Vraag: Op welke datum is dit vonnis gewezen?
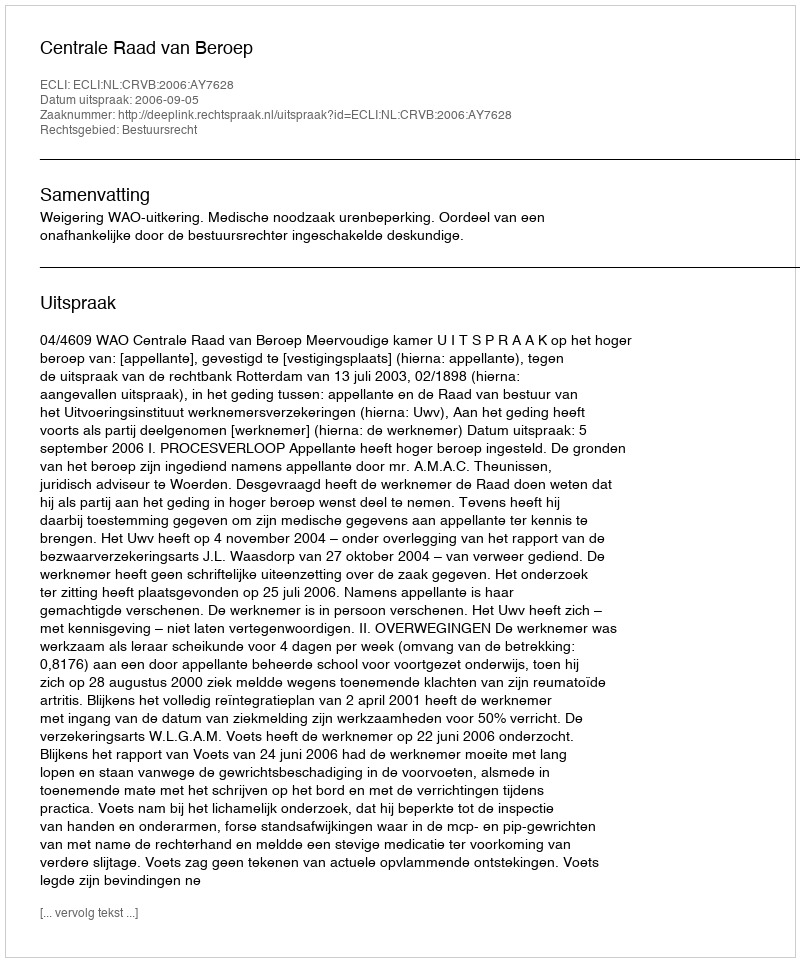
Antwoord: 2006-09-05